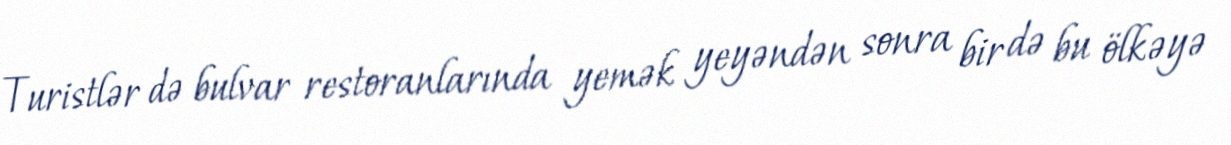
Turistlər də bulvar restoranlarında yemək yeyəndən sonra bir də bu ölkəyə